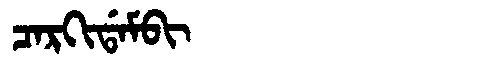
Manchu: ᠴᠠᡵᡴᡳᡩᠠᠮᠪᡳ
Romanization: CARKIDAMBI